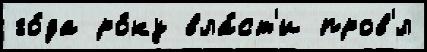
го́да ро́ку вла́ст'и пров'́л